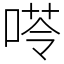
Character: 𠸖